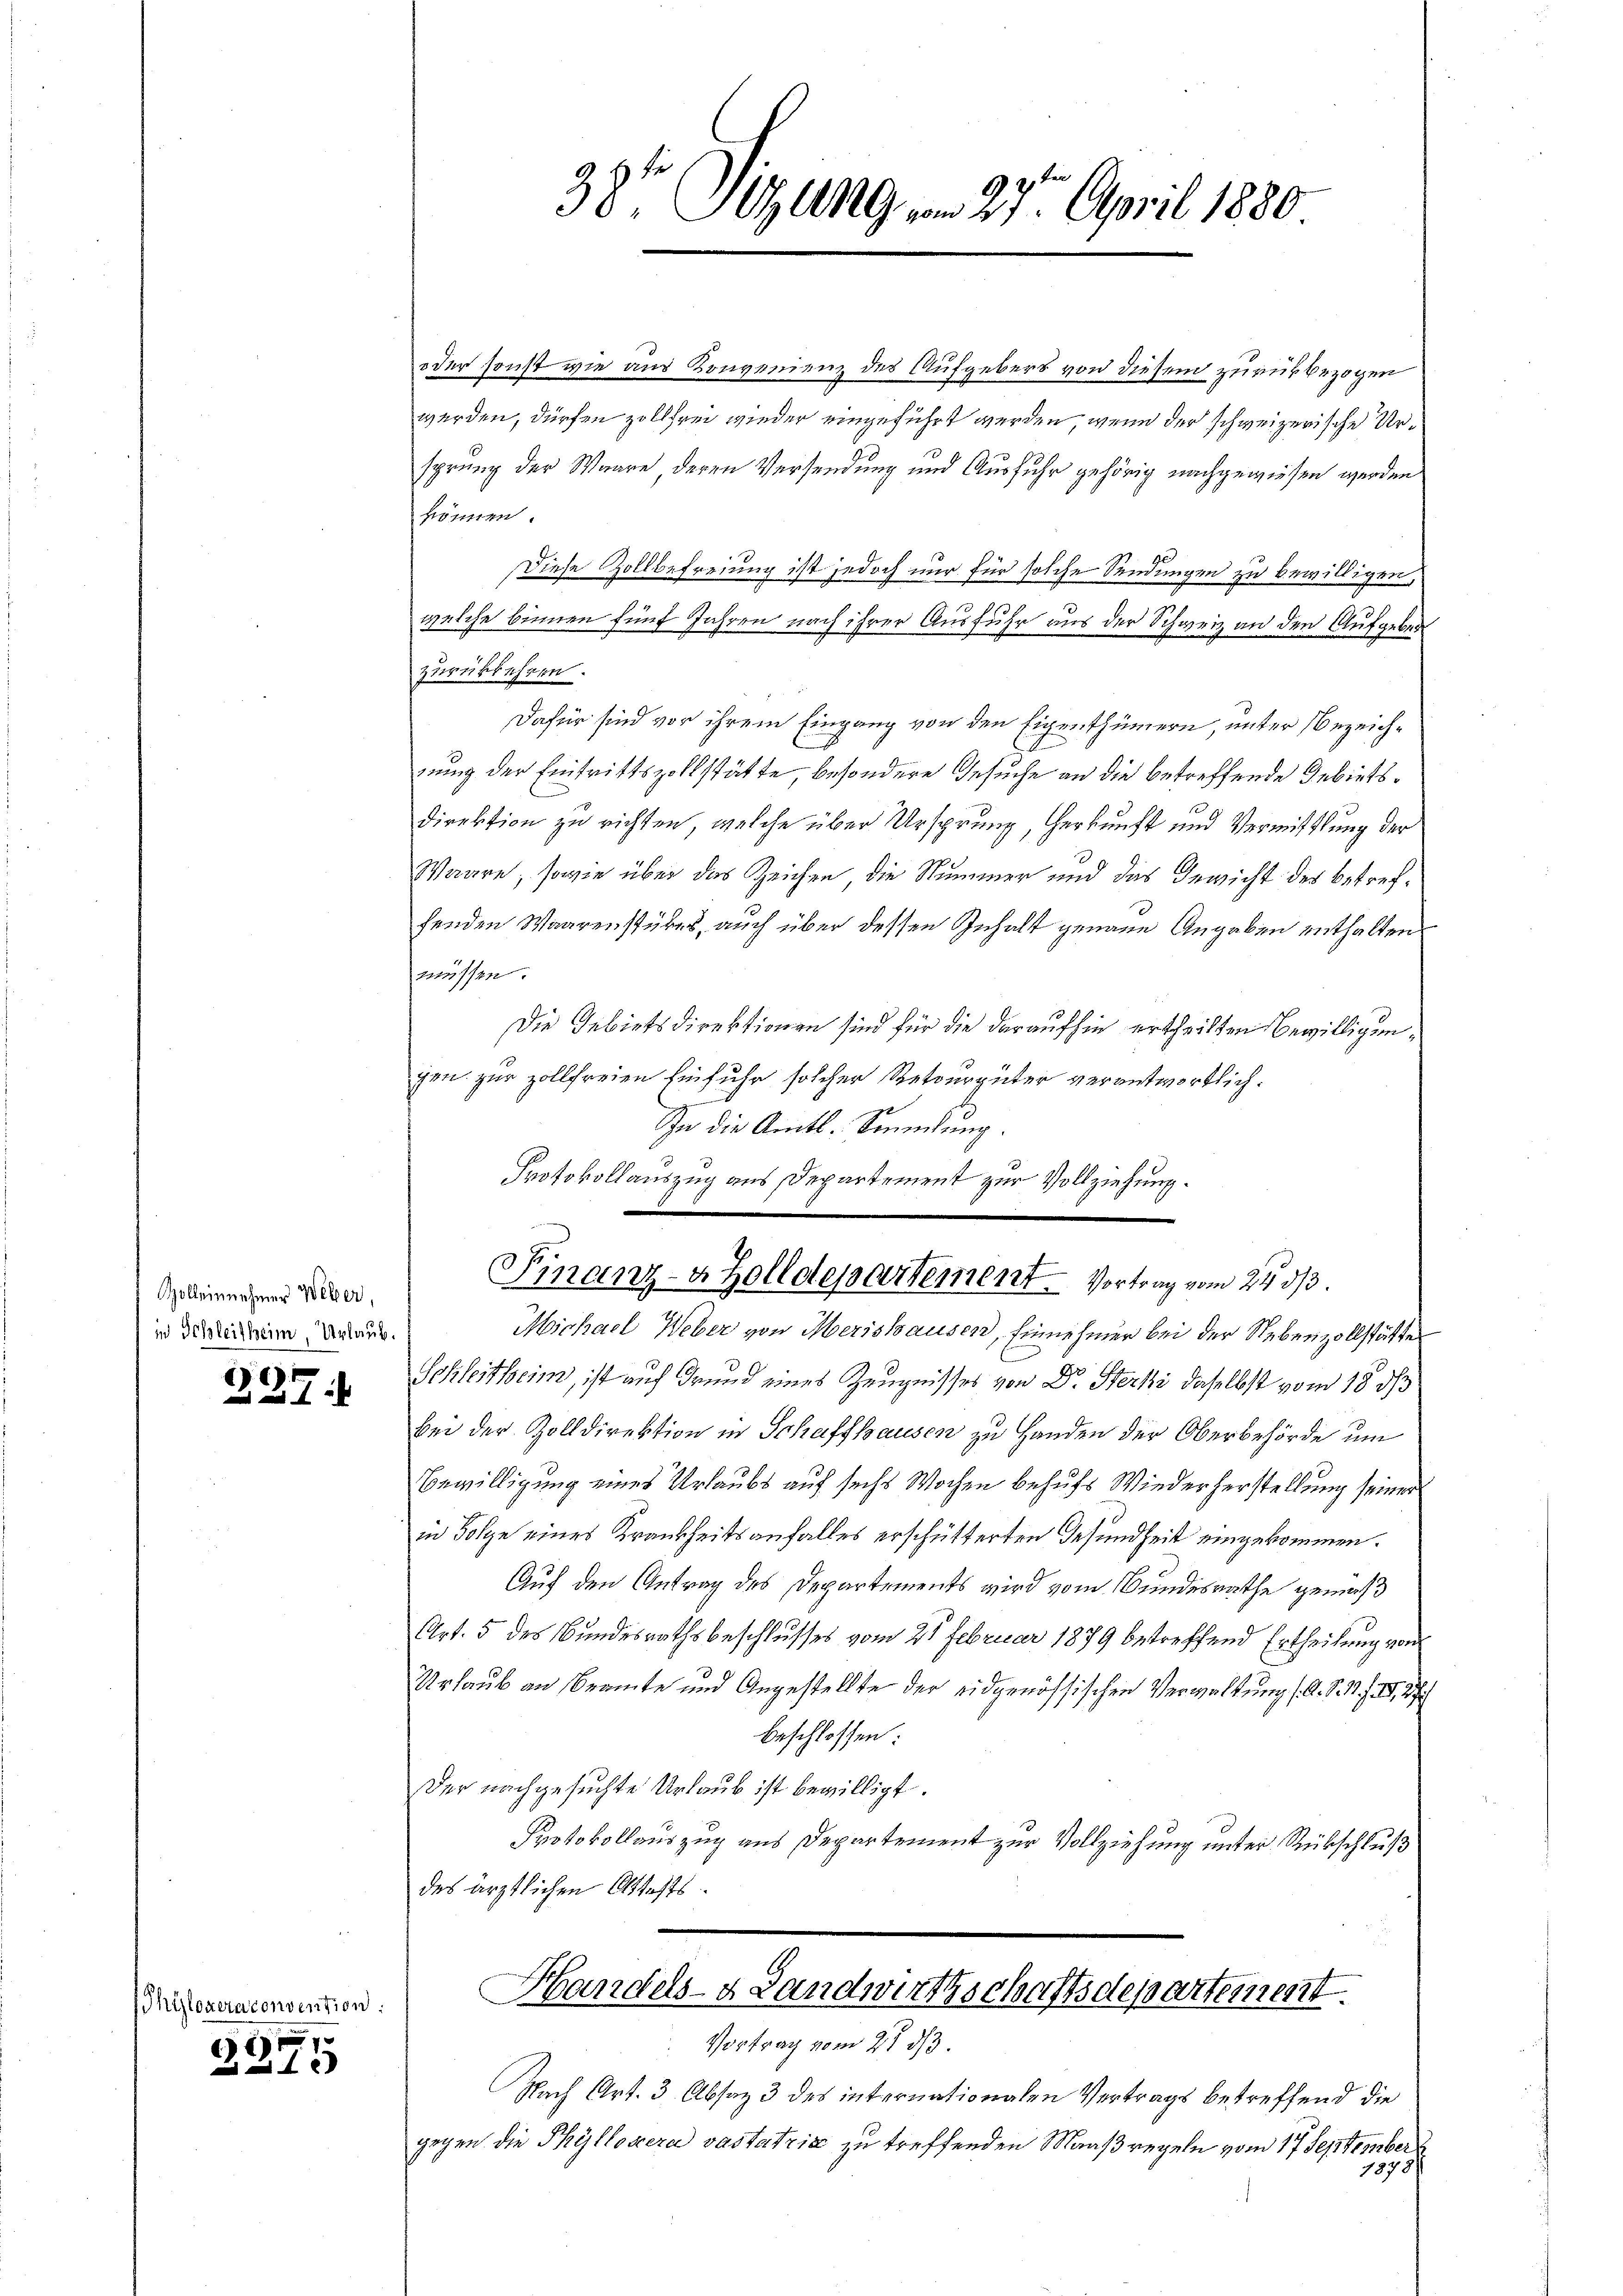
Zolleinnehmer Weber,
in Schleitheim Urlaub.

237:

Phyloveraconvention
g
2315

oder sonst wie aus Konvenienz des Aufgebers von diesem zurückbezogen
werden, dürfen zollfrei wieder eingeführt werden, wenn der schweizerische Ursprung der Waare deren Versendung und Ausfuhr gehörig nachgewiesen werden
können.
Diese Zollbefreiung ist jedoch nur für solche Sendungen zu bewilligen,
welche binnen fünf Jahren nach ihrer Ausfuhr aus der Schweiz an den Aufgeben
zurückkehren.
Dafür sind vor ihrem Eingang von den Eigenthümern, unter bezeichzung der Eintrittszollstätte, besondere Gesuche an die betreffende Gebiets¬
Direktion zu richten, welche über Ursprung, Herkunft und Vermittlung der
Waare, sowie über das Zeichen die Nummer und das Gewicht des betreffenden Waarenstubes, auch über dessen Inhalt genaue Angaben enthalten
müssen.
Die Gebietsdirektionen sind für die daraufhin ertheilten Bewilligungen zur Zollfreien Einfuhr solcher Retourgüter verantwortlich.
2
Ihn die Amtl. Sammlung.
Protokollauszug aus Departement zur Vollziehung.

38te Sitzung vom 27. April 1880

Finanz-4 Zolldepartement. Vortrag vom 24. 313.

Michael Weber von Merishausen, Einnehmer bei der Nebenzollstätte
Schleitheim, ist auf Grund eines Zeugnisses von Dr. Stecki daselbst vom 18. ds
bei der Zolldirektion in Schaffhausen zu Handen der Oberbehörde um
Bewilligung eines Urlaubs auf sechs Wochen behufs Wiederherstellung seiner
in Folge eines Krankheitsanfalles erschütterten Gesundheit eingekommen.
Auf den Antrag des Departements wird vom Bundesrathe gemäß
Art. 5 des Bundesrathsbeschlusses vom 21 Februar 1879 betreffend Ertheilung von
Urlaub an Beamte und Angestellte der eidgenössischen Verwaltung fl. S. 1. III 27
beschlossen:
Der nachgesuchte Urlaub ist bewilligt.
Protokollauszug aus Departement zur Vollziehung unter Rübschluß
des ärztlichen Attests
Handels- & Landwirthschaftsdepartement

Vortrag vom 27. d.

Nach Art. 3 Absaz 3 des internationalen Vertrags betreffend die
gegen die Phylloxera vastatria zu treffenden Maaßregeln vom 17 September
1878